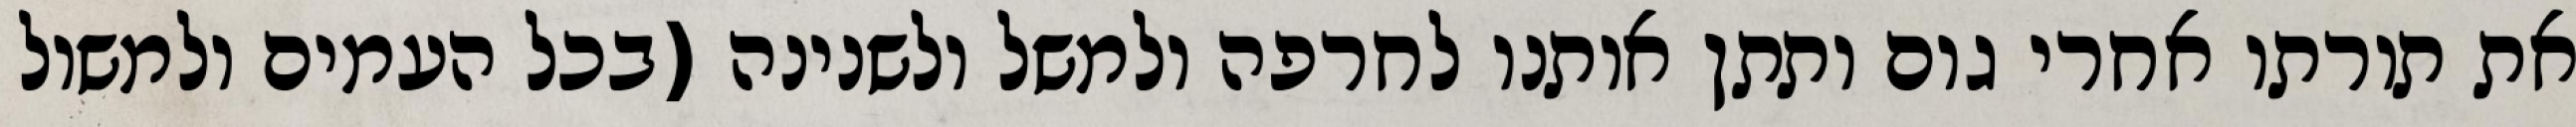
את תורתו אחרי גום ותתן אותנו לחרפה ולמשל ולשנינה (בכל העמים ולמשול